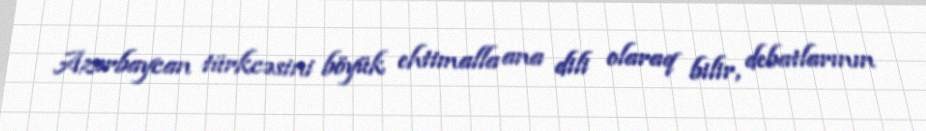
Azərbaycan türkcəsini böyük ehtimalla ana dili olaraq bilir, debatlarının